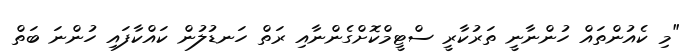
"މި ކެއުންތައް ހުންނާނީ ތަރުކާރީ ސްޓީމްކޮށްގެންނާއި ރަތް ހަނޑުލުން ކައްކާފައި ހުންނަ ބަތް